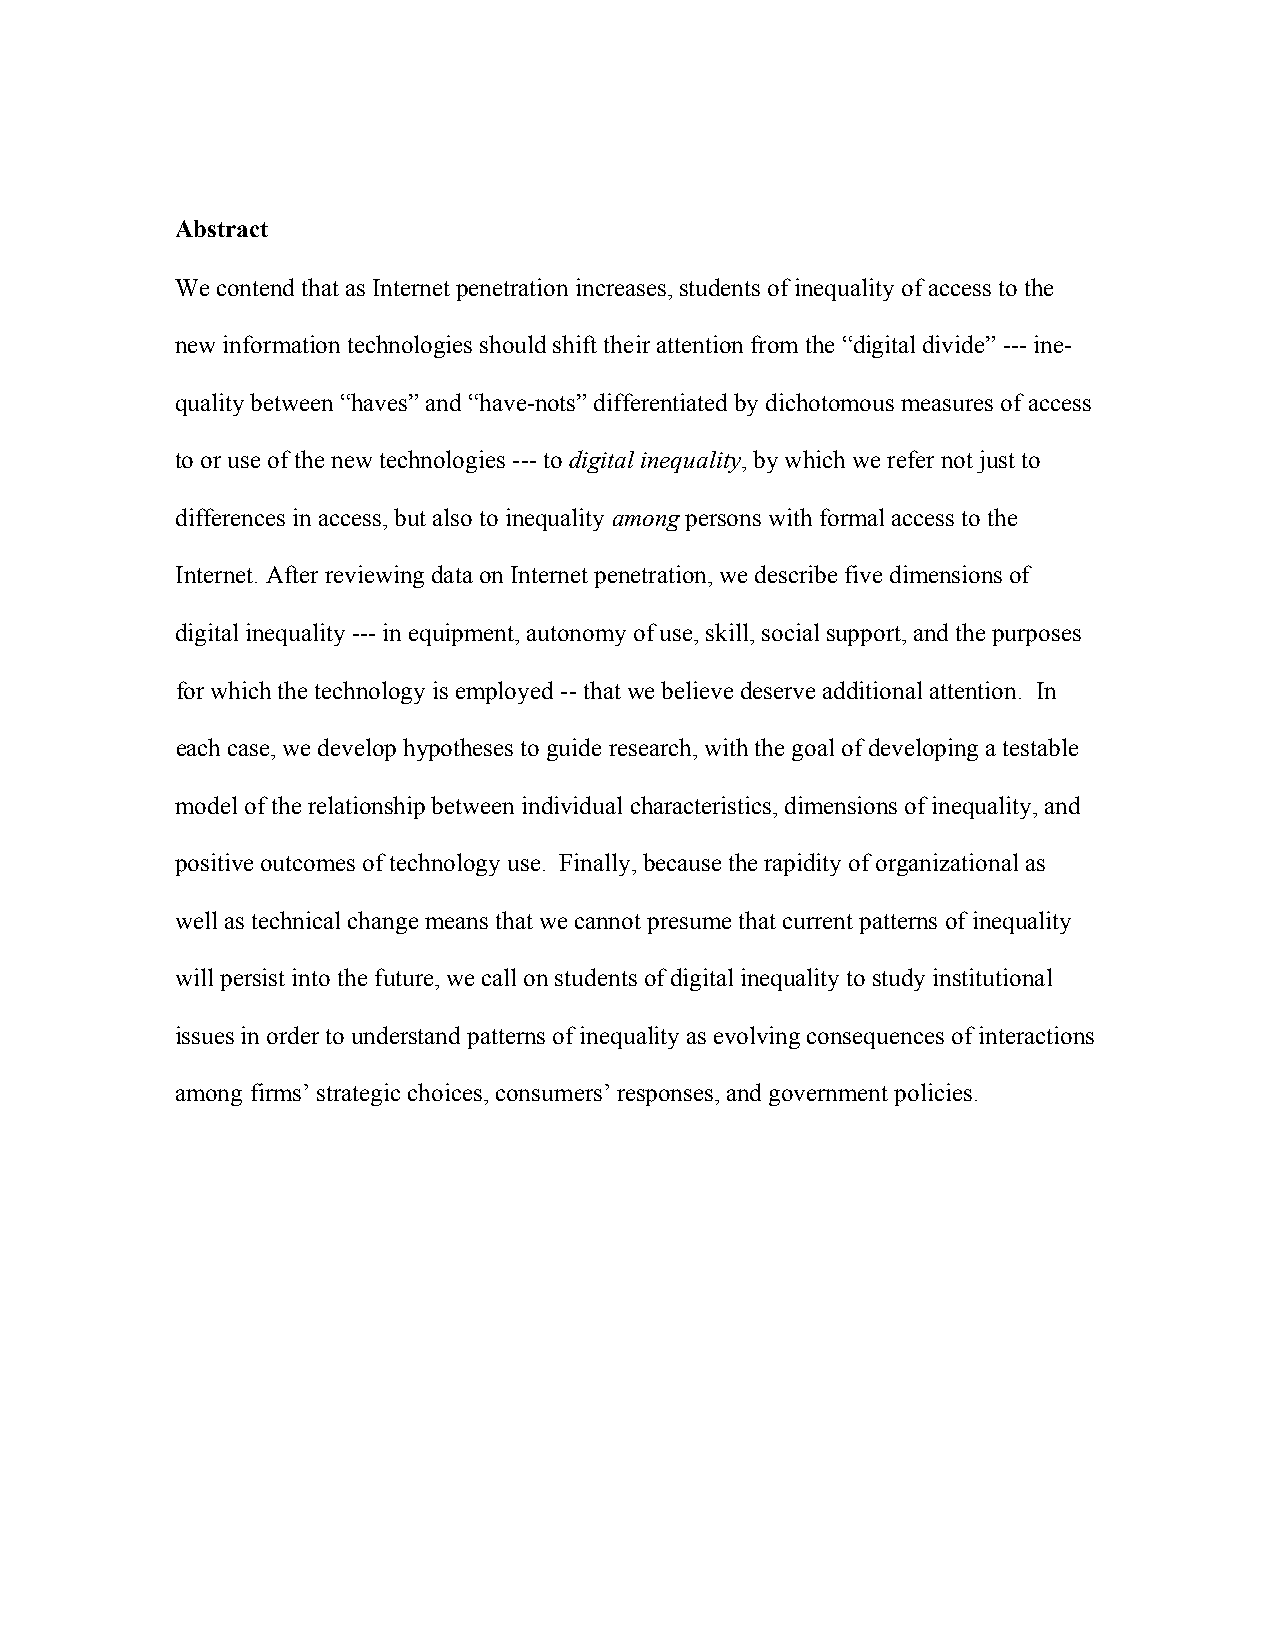
Abstract
 We contend that as Internet penetration increases, students of inequality of access to the
 new information technologies should shift their attention from the “digital divide” --- ine-
 quality between “haves” and “have-nots” differentiated by dichotomous measures of access
 to or use of the new technologies --- to digital inequality, by which we refer not just to
 differences in access, but also to inequality among persons with formal access to the
 Internet. After reviewing data on Internet penetration, we describe five dimensions of
 digital inequality --- in equipment, autonomy of use, skill, social support, and the purposes
 for which the technology is employed -- that we believe deserve additional attention. In
 each case, we develop hypotheses to guide research, with the goal of developing a testable
 model of the relationship between individual characteristics, dimensions of inequality, and
 positive outcomes of technology use. Finally, because the rapidity of organizational as
 well as technical change means that we cannot presume that current patterns of inequality
 will persist into the future, we call on students of digital inequality to study institutional
 issues in order to understand patterns of inequality as evolving consequences of interactions
 among firms’ strategic choices, consumers’ responses, and government policies.